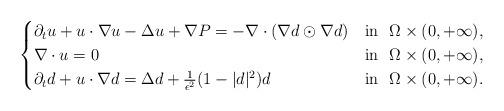
LaTeX: \begin{align*}\begin{cases}\partial_t u+u\cdot\nabla u-\Delta u+\nabla P=-\nabla\cdot(\nabla d\odot \nabla d) & {\rm{in}}\ \ \Omega\times (0,+\infty),\\\nabla\cdot u = 0 & {\rm{in}}\ \ \Omega\times (0,+\infty),\\\partial_t d+u\cdot\nabla d=\Delta d+\frac{1}{\epsilon^2}(1-|d|^2) d & {\rm{in}}\ \ \Omega\times (0,+\infty).\end{cases}\end{align*}